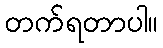
တက်ရတာပါ။